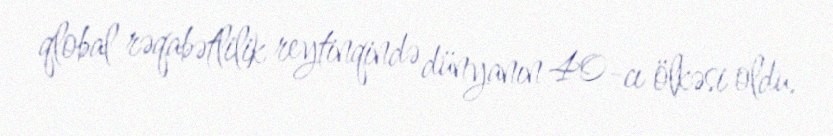
qlobal rəqabətlilik reytinqində dünyanın 40-cı ölkəsi oldu.